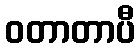
ဝတာတာပီ